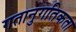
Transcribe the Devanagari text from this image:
गतानुगतिकता